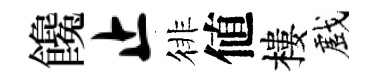
饞止徘値樓戲